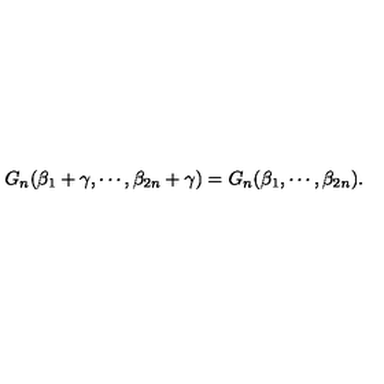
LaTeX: G _ { n } ( \beta _ { 1 } + \gamma , \cdots , \beta _ { 2 n } + \gamma ) = G _ { n } ( \beta _ { 1 } , \cdots , \beta _ { 2 n } ) .